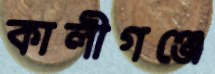
কালীগঞ্জে